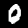
Label: 0